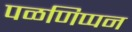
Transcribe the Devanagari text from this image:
पळणिप्पन